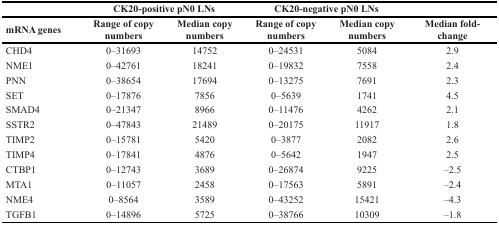
<table><thead><tr><td></td><td colspan="2"><b>CK20-positive pN0 LNs</b></td><td colspan="2"><b>CK20-negative pN0 LNs</b></td><td></td></tr><tr><td><b>mRNA genes</b></td><td><b>Range of copy numbers</b></td><td><b>Median copy numbers</b></td><td><b>Range of copy numbers</b></td><td><b>Median copy numbers</b></td><td><b>Median fold-change</b></td></tr></thead><tbody><tr><td>CHD4</td><td>0–31693</td><td>14752</td><td>0–24531</td><td>5084</td><td>2.9</td></tr><tr><td>NME1</td><td>0–42761</td><td>18241</td><td>0–19832</td><td>7558</td><td>2.4</td></tr><tr><td>PNN</td><td>0–38654</td><td>17694</td><td>0–13275</td><td>7691</td><td>2.3</td></tr><tr><td>SET</td><td>0–17876</td><td>7856</td><td>0–5639</td><td>1741</td><td>4.5</td></tr><tr><td>SMAD4</td><td>0–21347</td><td>8966</td><td>0–11476</td><td>4262</td><td>2.1</td></tr><tr><td>SSTR2</td><td>0–47843</td><td>21489</td><td>0–20175</td><td>11917</td><td>1.8</td></tr><tr><td>TIMP2</td><td>0–15781</td><td>5420</td><td>0–3877</td><td>2082</td><td>2.6</td></tr><tr><td>TIMP4</td><td>0–17841</td><td>4876</td><td>0–5642</td><td>1947</td><td>2.5</td></tr><tr><td>CTBP1</td><td>0–12743</td><td>3689</td><td>0–26874</td><td>9225</td><td>−2.5</td></tr><tr><td>MTA1</td><td>0–11057</td><td>2458</td><td>0–17563</td><td>5891</td><td>−2.4</td></tr><tr><td>NME4</td><td>0–8564</td><td>3589</td><td>0–43252</td><td>15421</td><td>−4.3</td></tr><tr><td>TGFB1</td><td>0–14896</td><td>5725</td><td>0–38766</td><td>10309</td><td>−1.8</td></tr></tbody></table>